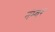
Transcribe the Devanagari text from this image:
नंम्बर